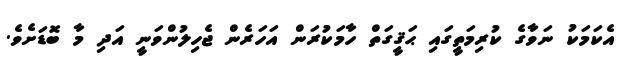
އެކަމަކު ނަވާގެ ކުރިމަތީގައި ޙަޤީގަތް ހާމަކުރަން އަހަރެން ޖެހިލުންވަނީ އަދި މާ ބޮޑަށެވެ.